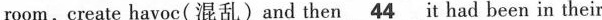
room,create havoc(混乱)and then/\underline44 it had been in their